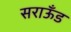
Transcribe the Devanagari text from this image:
सराऊँड